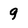
Character: 9